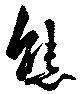
態